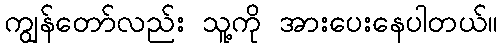
ကျွန်တော်လည်း သူ့ကို အားပေးနေပါတယ်။